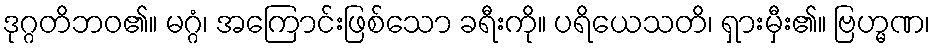
ဒုဂ္ဂတိဘဝ၏။ မဂ္ဂံ၊ အကြောင်းဖြစ်သော ခရီးကို။ ပရိယေသတိ၊ ရှားမှီး၏။ ဗြဟ္မဏ၊